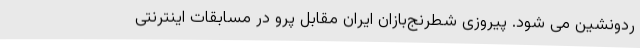
ردونشین می شود. پیروزی شطرنج‌بازان ایران مقابل پرو در مسابقات اینترنتی